Indian journal of veterinary science and animal husbandry - Volume 2,
Year: 1932
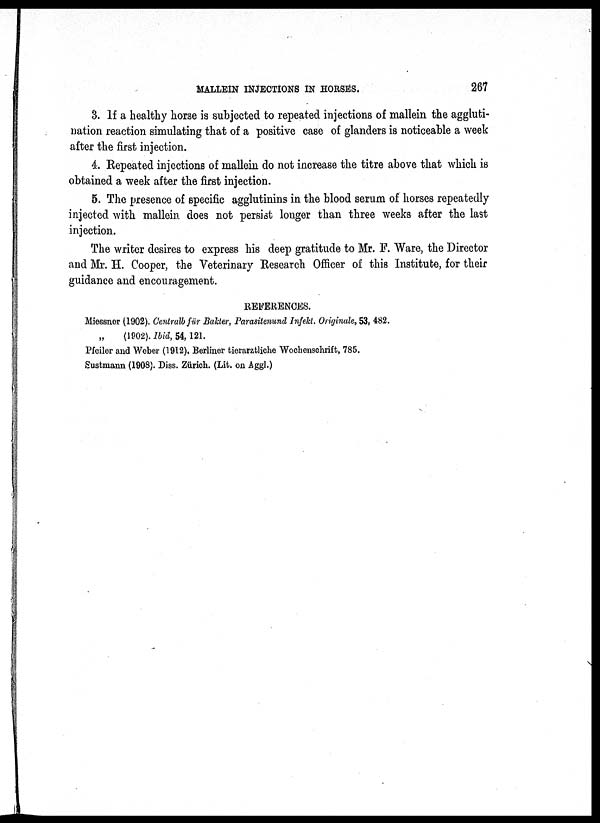
MALLEIN
INJECTIONS
IN
HORSES.
267
3. If a healthy horse is subjected to repeated injections of mallein the aggluti-
nation reaction simulating that of a positive case of glanders is noticeable a week
after the first injection.
4. Repeated injections of mallein do not increase the titre above that which is
obtained a week after the first injection.
5. The presence of specific agglutinins in the blood serum of horses repeatedly
injected with mallein does not persist longer than three weeks after the last
injection.
The writer desires to express his deep gratitude to Mr. F. Ware, the Director
and Mr. H. Cooper, the Veterinary Research Officer of this Institute, for their
guidance and encouragement.
REFERENCES.
Miessner (1902). Centralb für Bakter, Parasitenund Infekt. Originate, 53, 482.
(1902). Ibid, 54,121.
Pfeiler and Weber (1912). Berliner tierarztliche Wochenschrift, 785.
Sustmann (1908). Diss. Zürich. (Lit. on Aggl.)